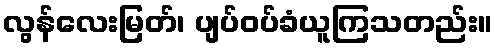
လွန်လေးမြတ်၊ ပျပ်ဝပ်ခံယူကြသတည်း။